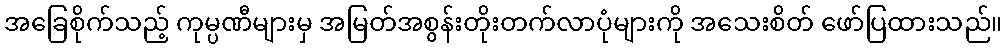
အခြေစိုက်သည့် ကုမ္ပဏီများမှ အမြတ်အစွန်းတိုးတက်လာပုံများကို အသေးစိတ် ဖော်ပြထားသည်။